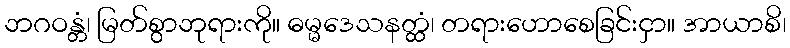
ဘဂဝန္တံ၊ မြတ်စွာဘုရားကို။ ဓမ္မဒေသနတ္ထံ၊ တရားဟောစေခြင်းငှာ။ အာယာစိ၊